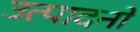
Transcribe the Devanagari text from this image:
उत्पादनो